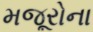
મજૂરોના